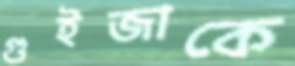
গুইজাকে